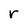
Character: r